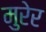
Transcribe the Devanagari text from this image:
मुरेर